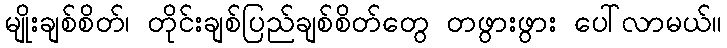
မျိုးချစ်စိတ်၊ တိုင်းချစ်ပြည်ချစ်စိတ်တွေ တဖွားဖွား ပေါ်လာမယ်။